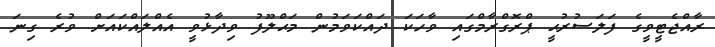
ރާއްޖެޓީވީގެ ފަލަސުރުޙީ ޕްރޮގްރާމްގައި ވާހަކަ ދައްކަވަމުން މަޙްލޫފު ވިދާޅުވީ އެއްލައްކައަށް ވުރެ ގިނަ